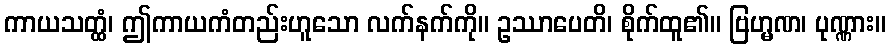
ကာယသတ္ထံ၊ ဤကာယကံတည်းဟူသော လက်နက်ကို။ ဥဿာပေတိ၊ စိုက်ထူ၏။ ဗြဟ္မဏ၊ ပုဏ္ဏား။